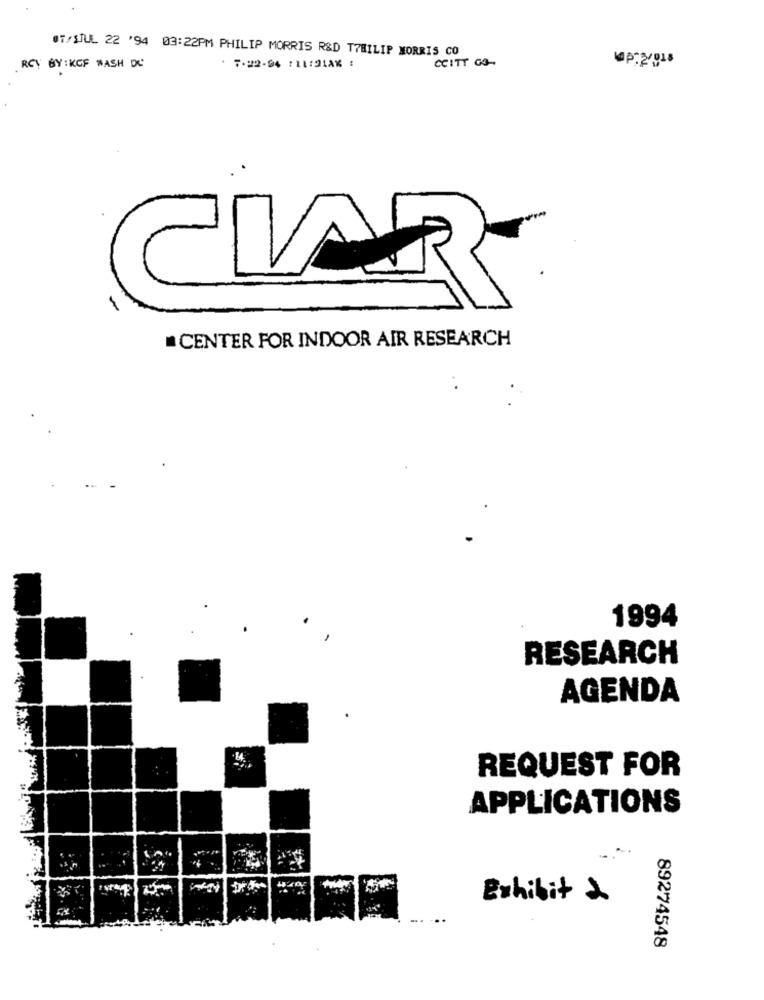
UT/SJUL 22 "94 03:22PM PHILIP MORRIS R&D TTEILIP MORRIS CO
CCITT GO-
RCY BY: KCF WASH DC
. 7-92-94 :11:DIAK :
UP: 2018
CENTER FOR INDOOR AIR RESEARCH
1994
RESEARCH
AGENDA
REQUEST FOR
APPLICATIONS
Exhibit &
89274548